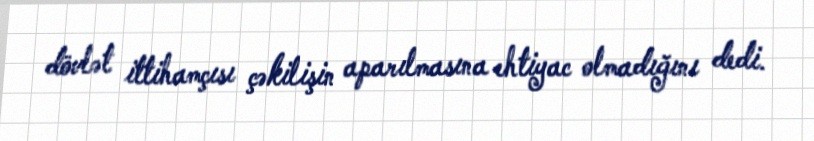
dövlət ittihamçısı çəkilişin aparılmasına ehtiyac olmadığını dedi.